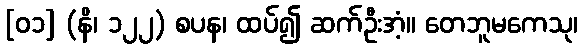
[၀၁] (နိ၊ ၁၂၂) စပန၊ ထပ်၍ ဆက်ဦးအံ့။ တေဘူမကေသု၊